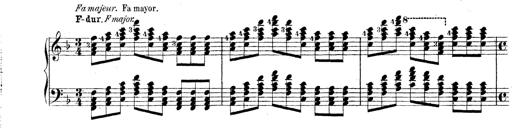
Title: Technische Studien
Composer: Franz Liszt